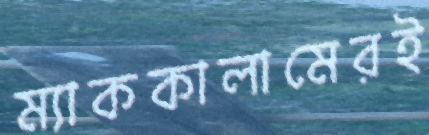
ম্যাককালামেরই